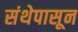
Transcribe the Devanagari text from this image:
संथेपासून